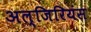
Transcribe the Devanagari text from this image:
अल्जिरियंस